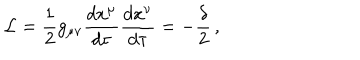
{ \cal { L } } = \frac { 1 } { 2 } g _ { \mu \nu } \frac { d x ^ { \mu } } { d \tau } \frac { d x ^ { \nu } } { d \tau } = - \frac { \delta } { 2 } \, ,